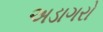
અડાગરો